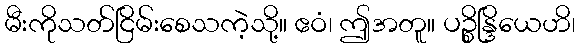
မီးကိုသတ်ငြိမ်းစေသကဲ့သို့။ ဧဝံ၊ ဤအတူ။ ပဉ္စိန္ဒြိယေဟိ၊